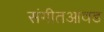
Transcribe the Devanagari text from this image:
संगीतआवड